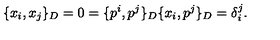
\{ x _ { i } , x _ { j } \} _ { D } = 0 = \{ p ^ { i } , p ^ { j } \} _ { D } \{ x _ { i } , p ^ { j } \} _ { D } = \delta _ { i } ^ { j } .